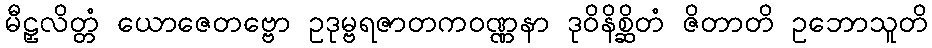
မီဠှလိတ္တံ ယောဇေတဗ္ဗော ဥဒုမ္ဗရဇာတကဝဏ္ဏနာ ဒုဝိနိစ္ဆိတံ ဇိတာတိ ဥဘောသူတိ